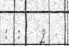
:  :    2